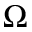
\Omega